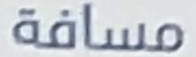
مسافة